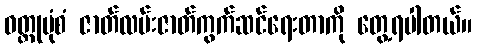
ဝတ္ထုပုံစံ ဇာတ်လမ်းဇာတ်ကွက်ဆင်ရေးတာကို တွေ့ရပါတယ်။